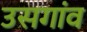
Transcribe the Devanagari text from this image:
उसगांव